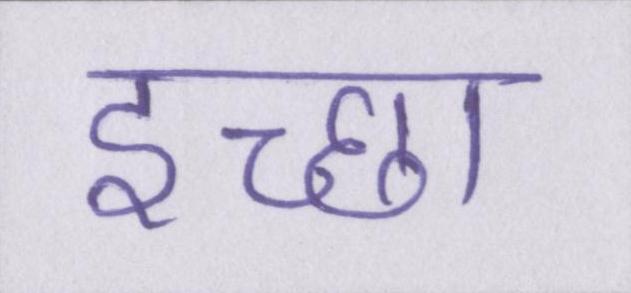
इच्छा